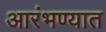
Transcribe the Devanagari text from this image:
आरंभण्यात